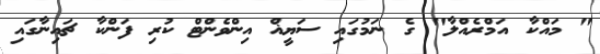
" މައްކާ އަމްރެއްލާ" ގެ ނަމުގައި ސަޔީޣް އިންވެންޓް ކުރި ފަންކާ ޗައިނާގައި